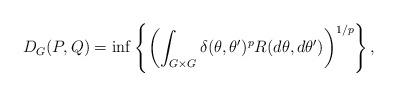
LaTeX: \begin{align*} D_G(P,Q)=\inf\left\{\left(\int_{G\times G} \delta(\theta,\theta^{\prime})^p R(d\theta,d\theta^{\prime})\right)^{1/p}\right\},\end{align*}